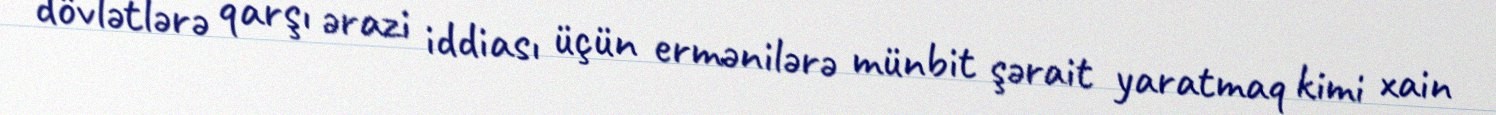
dövlətlərə qarşı ərazi iddiası üçün ermənilərə münbit şərait yaratmaq kimi xain